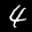
Label: 4